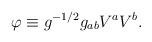
LaTeX: \begin{align*}\varphi \equiv g^{-1/2}g_{ab}V^aV^b . \end{align*}